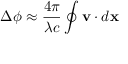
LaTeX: \Delta \phi \approx { \frac { 4 \pi } { \lambda c } } \oint \mathbf { v } \cdot d \mathbf { x }